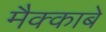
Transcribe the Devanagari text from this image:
मैक्काबे